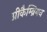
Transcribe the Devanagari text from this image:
प्रीकैम्ब्रियन